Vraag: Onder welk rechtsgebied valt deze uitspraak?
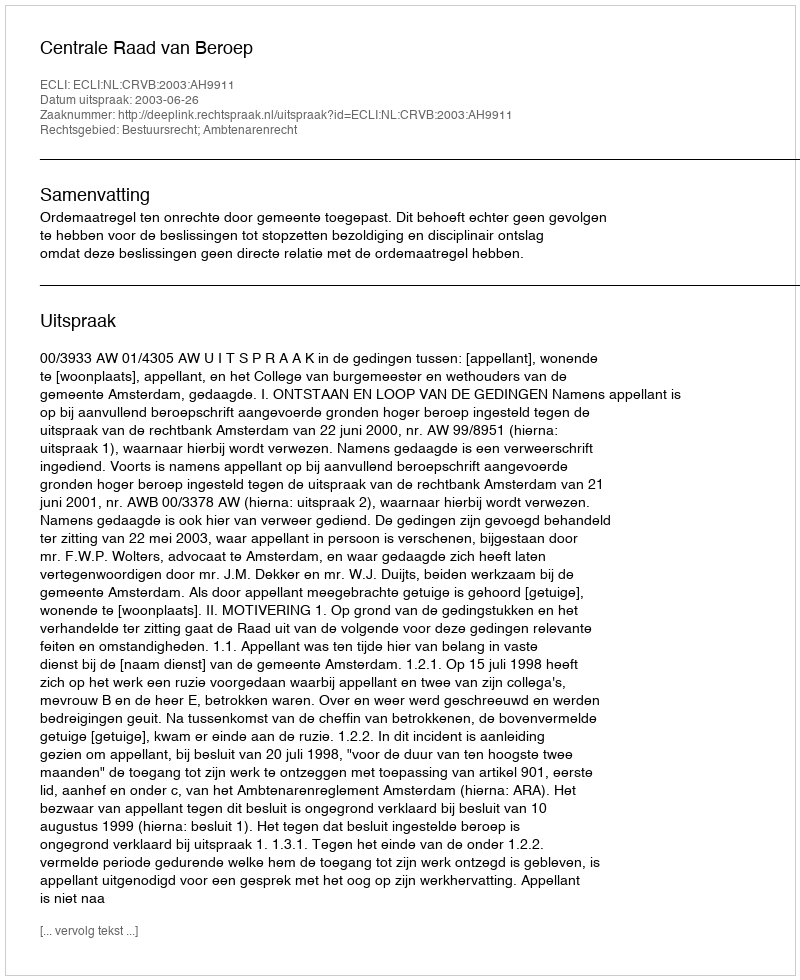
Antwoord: Bestuursrecht; Ambtenarenrecht